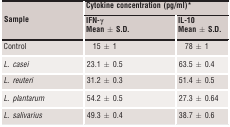
<table><thead><tr><td rowspan="2"><b>Sample</b></td><td colspan="2"><b>Cytokine concentration (pg/ml)a</b></td></tr><tr><td><b>IFN‐γ Mean ± S.D.</b></td><td><b>IL‐10 Mean ± S.D.</b></td></tr></thead><tbody><tr><td>Control</td><td>15 ± 1</td><td>78 ± 1</td></tr><tr><td><i>L. casei</i></td><td>23.1 ± 0.5</td><td>63.5 ± 0.4</td></tr><tr><td><i>L. reuteri</i></td><td>31.2 ± 0.3</td><td>51.4 ± 0.5</td></tr><tr><td><i>L. plantarum</i></td><td>54.2 ± 0.5</td><td>27.3 ± 0.64</td></tr><tr><td><i>L. salivarius</i></td><td>49.3 ± 0.4</td><td>38.7 ± 0.6</td></tr></tbody></table>